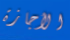
الأجازة